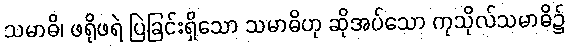
သမာဓိ၊ ဖရိုဖရဲ ပြဲခြင်းရှိသော သမာဓိဟု ဆိုအပ်သော ကုသိုလ်သမာဓိ၌